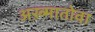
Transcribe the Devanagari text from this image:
अख़्मातोवा